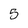
Character: 5